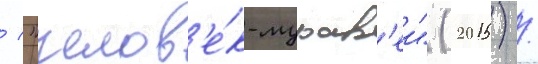
/ "челов'е́к-мурав'еи" (2015) /